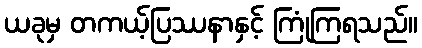
ယခုမှ တကယ့်ပြဿနာနှင့် ကြုံကြရသည်။